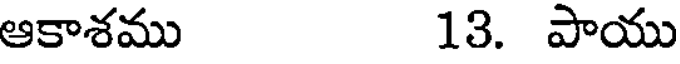
ఆకాశము 13. పాయు